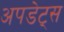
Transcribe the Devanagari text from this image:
अपडेट्स